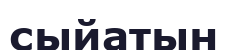
сыйатын